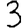
Digit: 3